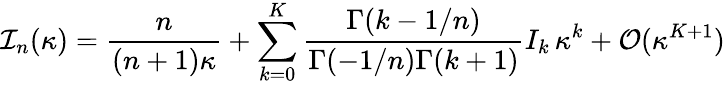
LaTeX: {\cal I}_{n}(\kappa)={\frac{n}{(n+1)\kappa}}+\sum_{k=0}^{K}{\frac{\Gamma(k-1/n)}{\Gamma(-1/n)\Gamma(k+1)}}I_{k}\, \kappa^{k}+{\cal O}(\kappa^{K+1})